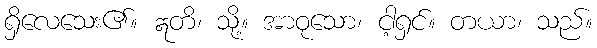
ရှိလေသေး၏။ ဣတိ၊ သို့။ အာဝုသော၊ ငါ့ရှင်။ တယာ၊ သည်။